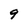
Character: 9